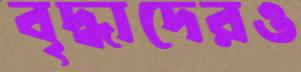
বৃদ্ধাদেরও